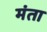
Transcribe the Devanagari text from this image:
मंता